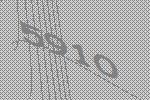
5910